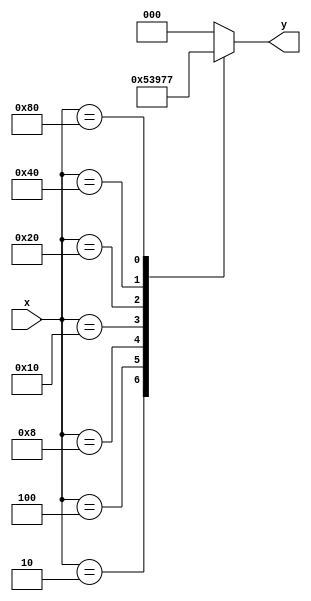
module ahf_8to3_enc (x, y);

input [7:0] x;
output reg [2:0] y;

always @ (x) begin
	case(x)
		8'h02: y = 3'b0001;
		8'h04: y = 3'b0010;
		8'h08: y = 3'b0011;
		8'h10: y = 3'b0100;
		8'h20: y = 3'b0101;
		8'h40: y = 3'b0110;
		8'h80: y = 3'b0111;
		default: y = 3'b0000;
	endcase
end

endmodule